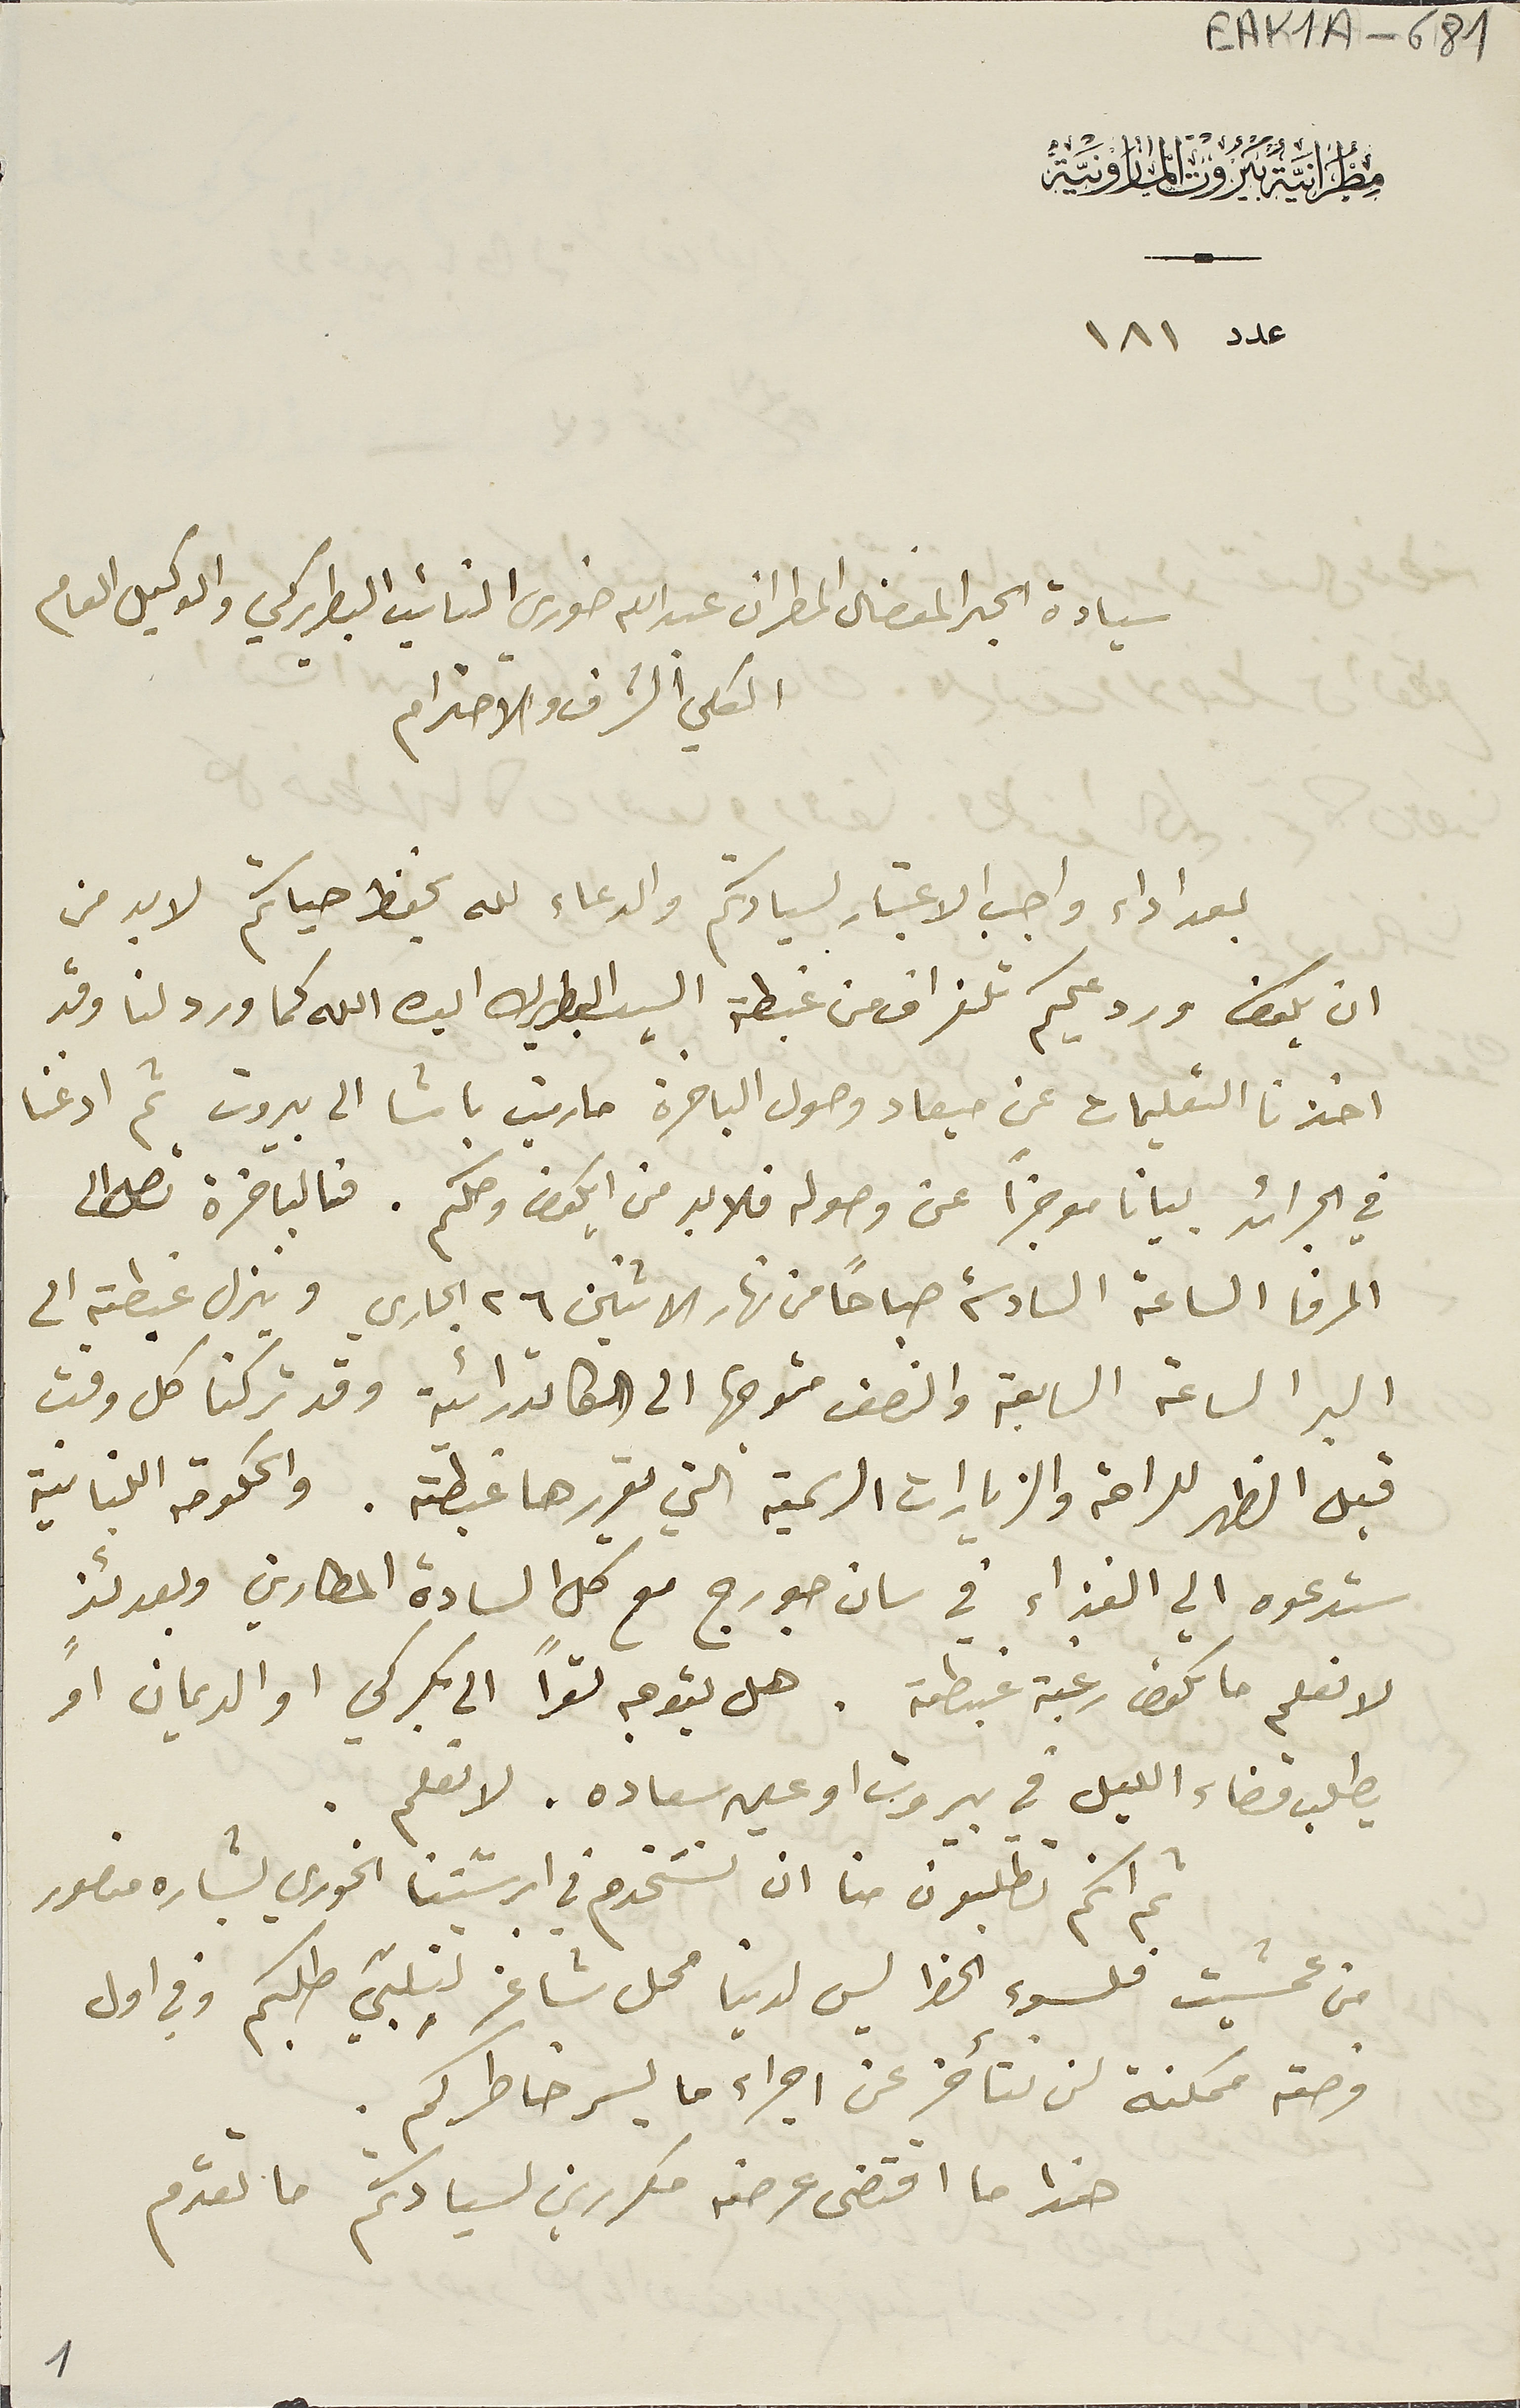
EAK1A - 681
مطرانية بيروت المارونية
عدد ١٨١
 سيادة الحبر المفضال المطران عبدالله خوري النائب البطريركي والوكيل العام
الكلي الشرف والاحترام
 بعد اداء واجب الاعتبار لسيادتكم والدعاء لله بحفظ حياتكم لابد من
ان يكون ورد عليكم تلغراف من غبطة السيد البطريرك ايده الله كما ورد لنا وقد
 اخذنا التعليمات عن ميعاد وصول الباخرة مارين باشا الى بيروت ثم اذعنا
في الجرائد بيانا موجزًا عن وصوله فلا بد من ايكون وصلكم. فالباخرة تصل الى
 المرفا الساعة السادسة صباحًا من نهار الاثنين ٢٦ الجاري وينزل غبطته الى
 البر الساعة السابعة والنصف متوجها الى الكاتدرائية وقد تركنا كل وقت
قبل الظهر للراحة والزيارات الرسمية التي يقررها غبطته. والحكومة اللبنانية
ستدعوه الي الغذاء في سان جورج مع كل السادة المطارين وبعدئذٍ
لا نعلم ما تكون رغبة غبطته. هل يتوجه تواً الى بكركي او الديمان او
يطلب قضاء الليل في بيروت او عين سعاده. لا نعلم.
 ثم انكم تطلبون منا ان نستخدم في ابرشيتنا الخوري بشاره منصور
من عمشيت فلسوء الحظ ليس لدينا محل شاغر لنلبّي طلبكم وفي اول
 فرصة ممكنة لن نتأخر عن اجراء ما يسر خاطركم..
هذا ما اقتضى عرضه مكررين لسيادتكم ما تقدم
1